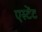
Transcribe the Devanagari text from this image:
एस्टेंट